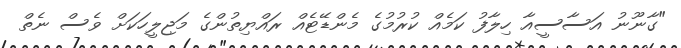
"ގާނޫނު އަސާސީއާ ހިލާފު ކަމެއް ކުރުމުގެ މެންޑޭޓެއް ރައްޔިތުންގެ މަޖިލީހަކަށް ވެސް ނެތް